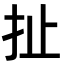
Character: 扯